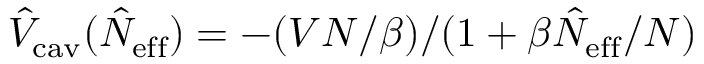
\hat { V } _ { \mathrm { c a v } } ( \hat { N } _ { \mathrm { e f f } } ) = - ( V N / \beta ) / ( 1 + \beta \hat { N } _ { \mathrm { e f f } } / N )